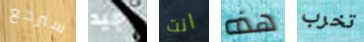
سنرجع جيد انت هذه تخرب